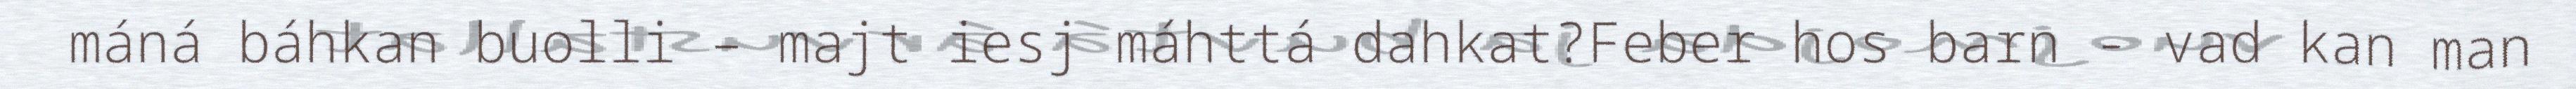
máná báhkan buolli – majt iesj máhttá dahkat?Feber hos barn - vad kan man